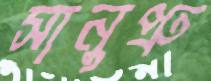
সানুপ্রু